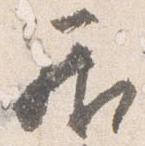
居